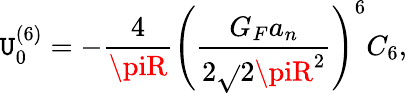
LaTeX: \mathtt{U}_{0}^{(6)}=-\frac{{4}}{{\piR}}\left(\frac{{G_{F}a_{n}}}{{2\sqrt{}{{2}}\piR^{2}}}\right)^{6}C_{6},